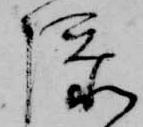
添